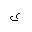
Letter: _ya